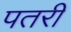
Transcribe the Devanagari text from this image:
पतरी